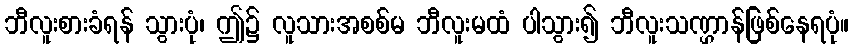
ဘီလူးစားခံရန် သွားပုံ၊ ဤ၌ လူသားအစစ်မ ဘီလူးမထံ ပါသွား၍ ဘီလူးသဏ္ဌာန်ဖြစ်နေရပုံ။